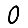
Digit: 0